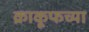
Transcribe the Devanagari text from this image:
क्राकूफच्या